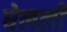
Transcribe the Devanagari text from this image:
घेलली